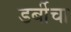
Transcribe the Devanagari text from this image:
डर्बीचा